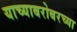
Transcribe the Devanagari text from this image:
याच्याबरोबरच्या